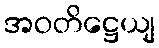
အဝတိဋ္ဌေယျ